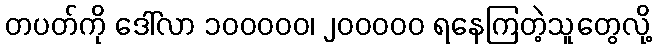
တပတ်ကို ဒေါ်လာ ၁၀၀၀၀၀၊ ၂၀၀၀၀၀ ရနေကြတဲ့သူတွေလို့